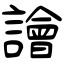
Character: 譮